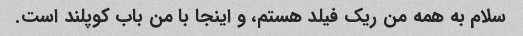
سلام به همه من ریک فیلد هستم، و اینجا با من باب کوپلند است.